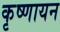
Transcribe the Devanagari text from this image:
कृष्‍णायन